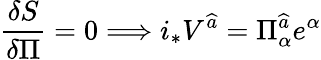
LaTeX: \frac{\delta S}{\delta\Pi}=0\Longrightarrow i_{*}V^{\widehat{a}}=\Pi_{\alpha}^{\widehat{a}}e^{\alpha}